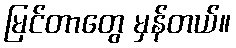
မြင်တာတွေ မှန်တယ်။